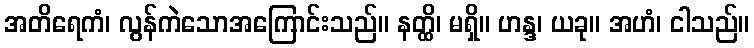
အတိရေကံ၊ လွန်ကဲသောအကြောင်းသည်။ နတ္ထိ၊ မရှိ။ ဟန္ဒ၊ ယခု။ အဟံ၊ ငါသည်။